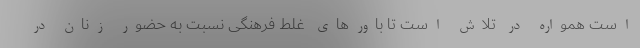
است همواره در تلاش است تا باورهای غلط فرهنگی نسبت به حضور زنان در